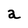
Character: a